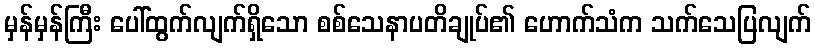
မှန်မှန်ကြီး ပေါ်ထွက်လျက်ရှိသော စစ်သေနာပတိချုပ်၏ ဟောက်သံက သက်သေပြလျက်